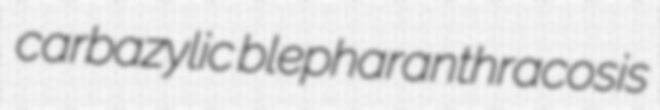
carbazylic blepharanthracosis